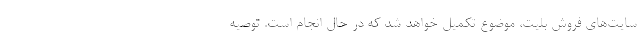
سایت‌های فروش بلیت، موضوع تکمیل خواهد شد که در حال انجام است. توصیه